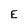
Character: E